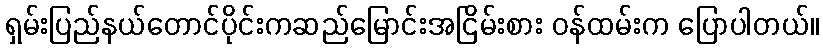
ရှမ်းပြည်နယ်တောင်ပိုင်းကဆည်မြောင်းအငြိမ်းစား ဝန်ထမ်းက ပြောပါတယ်။